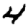
Digit: 4